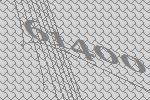
61400